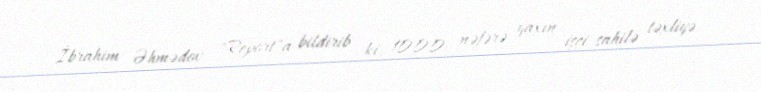
İbrahim Əhmədov "Report"a bildirib ki, 1000 nəfərə yaxın işçi sahilə təxliyə